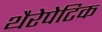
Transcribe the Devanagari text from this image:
थैरेपेटिक